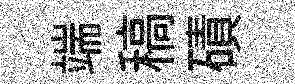
端稿磧